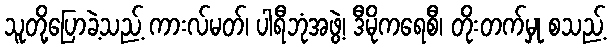
သူတို့ပြောခဲ့သည့် ကားလ်မတ်၊ ပါရီဘုံအဖွဲ့၊ ဒီမိုကရေစီ၊ တိုးတက်မှု စသည့်